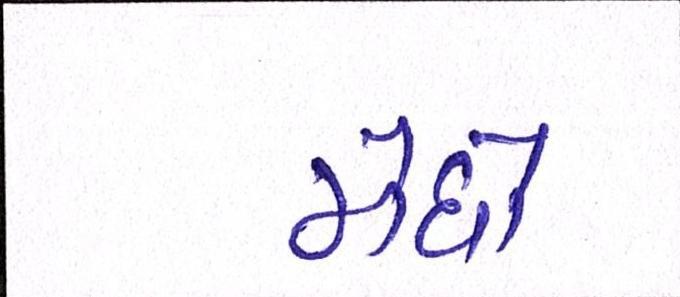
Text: મેઘો